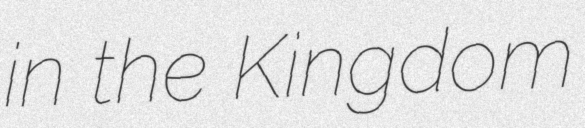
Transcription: in the Kingdom